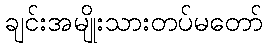
ချင်းအမျိုးသားတပ်မတော်